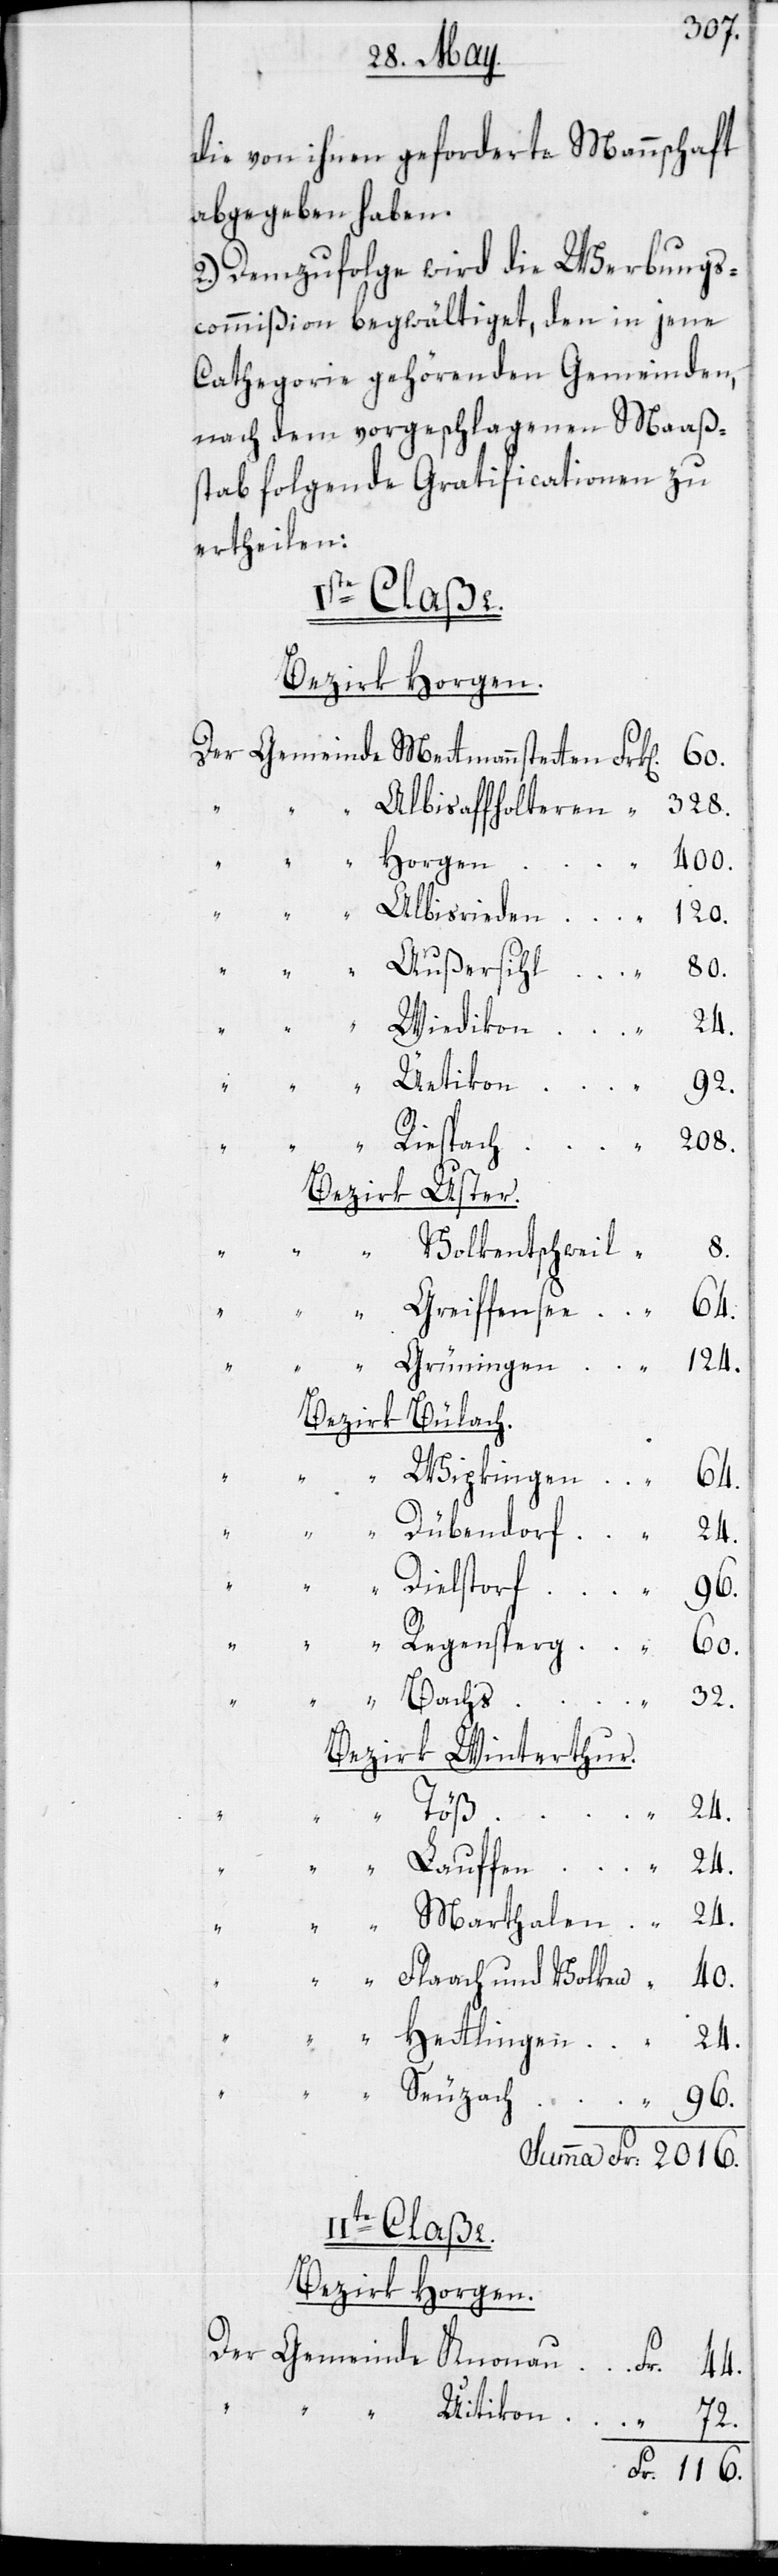
die von ihnen geforderte Mannsch¬
abgegeben haben.
2.) Demzufolge wird die Werbung¬
scommißion begwältiget, den in jene
Cathegorie gehörenden Gemeinden,
nach dem vorgeschlagenen Maaßs¬
tab folgende Gratificationen zu
ertheilen:
Iste Claße.
Bezirk Horgen.
Horgen
40.
Fr.
“
2016.
Riespach
Bezirk Uster.
64.
Grüningen
124.
Bezirk Bülach.
“
Dielstorf
116.
Regensperg
60.
32.
Bezirk Winter¬
Töß
Uitikon
Lauffen
Marthal¬
IIte Classe.
Bezirk Horgen.
und